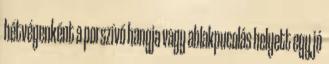
hétvégenként a porszívó hangja vagy ablakpucolás helyett egy jó